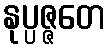
နုပ္ပဇ္ဇတေ